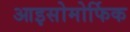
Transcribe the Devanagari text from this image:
आइसोमोर्फिक